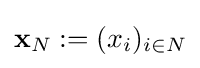
\mathbf {x} _{N}:=(x_{i})_{i\in N}